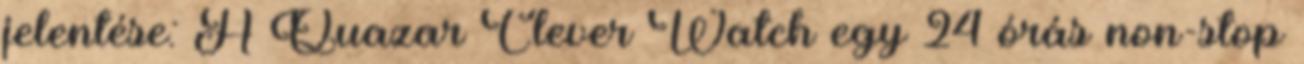
jelentése: A Quazar Clever Watch egy 24 órás non-stop